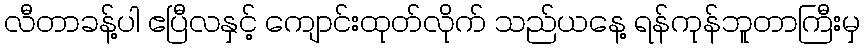
လီတာခန့်ပါ ဧပြီလနှင့် ကျောင်းထုတ်လိုက် သည်ယနေ့ ရန်ကုန်ဘူတာကြီးမှ